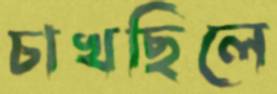
চাখছিলে